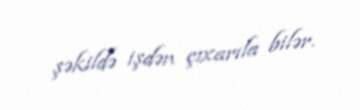
şəkildə işdən çıxarıla bilər.